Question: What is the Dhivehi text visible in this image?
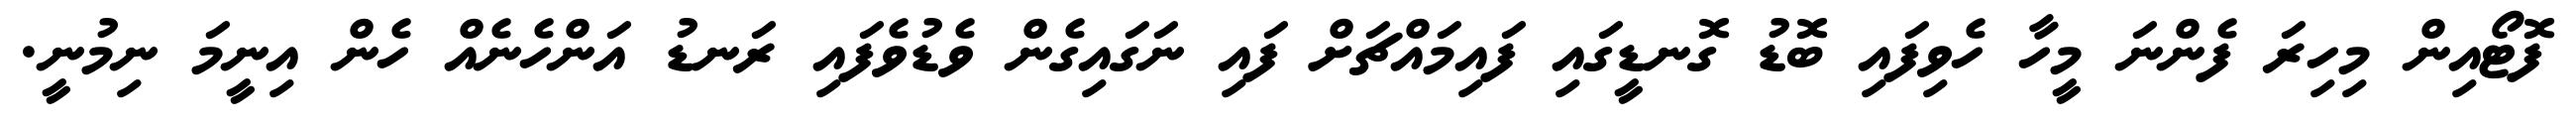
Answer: ފޮޓޯއިން މިހިރަ ފެންނަ މީހާ ހެވިފައި ބޮޑު ގޮނޑީގައި ފައިމައްޗަށް ފައި ނަގައިގެން ވެޑުވެފައި ރަނޑު އަންހެނެއް ހެން އިނީމަ ނިމުނީ.